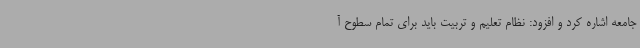
جامعه اشاره کرد و افزود: نظام تعلیم و تربیت باید برای تمام سطوح آ